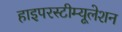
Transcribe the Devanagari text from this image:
हाइपरस्टीम्यूलेशन